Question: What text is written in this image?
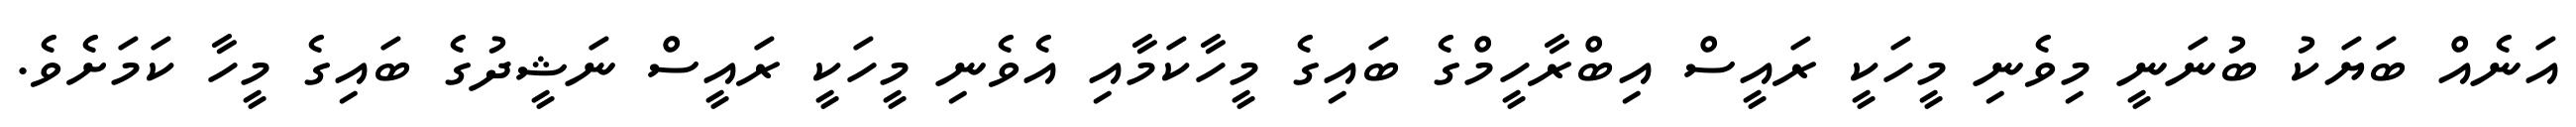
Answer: އަނެއް ބަޔަކު ބުނަނީ މިވެނި މީހަކީ ރައީސް އިބްރާހީމްގެ ބައިގެ މީހާކަމާއި އެވެނި މީހަކީ ރައީސް ނަޝީދުގެ ބައިގެ މީހާ ކަމަށެވެ.